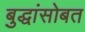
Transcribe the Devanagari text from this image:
बुद्धांसोबत